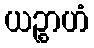
ယဉ္စာဟံ